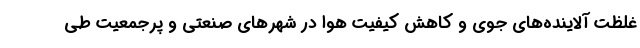
غلظت آلاینده‌های جوی و کاهش کیفیت هوا در شهرهای صنعتی و پرجمعیت طی